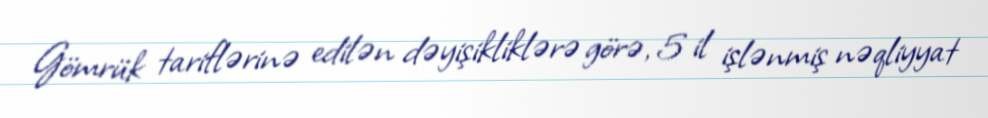
Gömrük tariflərinə edilən dəyişikliklərə görə, 5 il işlənmiş nəqliyyat